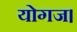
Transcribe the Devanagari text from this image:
योगज।